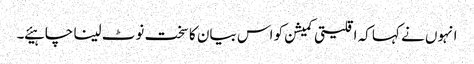
انہوں نے کہا کہ اقلیتی کمیشن کو اس بیان کا سخت نوٹ لینا چاہیئے ۔